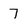
Character: 7